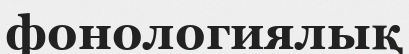
фонологиялық